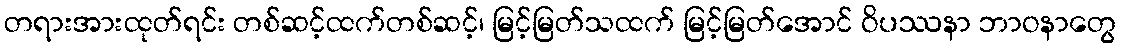
တရားအားထုတ်ရင်း တစ်ဆင့်ထက်တစ်ဆင့်၊ မြင့်မြတ်သထက် မြင့်မြတ်အောင် ဝိပဿနာ ဘာဝနာတွေ